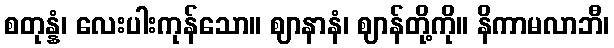
စတုန္နံ၊ လေးပါးကုန်သော။ ဈာနာနံ၊ ဈာန်တို့ကို။ နိကာမလာဘီ၊